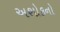
અશોકનો